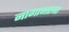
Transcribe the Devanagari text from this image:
नागाभरना